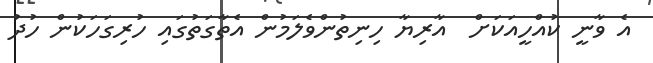
އެ ވާނީ ކުއްހީއަކަށް  އާރިޔާ ހިނިތުންވެލަމުން އެތާގަތުގައި ހުރިގަހަކުން ހުދު